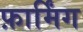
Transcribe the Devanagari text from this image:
फ़ार्मिंग